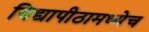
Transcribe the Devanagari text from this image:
विद्यापीठामध्येच